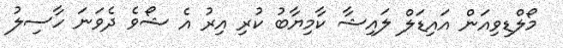
މޯލްޑިވިއަން އައިޑަލް ލައިޝާ ކާމިޔާބު ކުރި އިރު އެ ޝޯވެ ދެވަނަ ހާސިލު